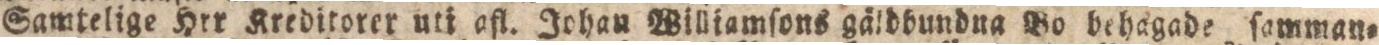
Samtelige Hrr Kreditorer uti afl. Johau Williamſons gäldbundna Bo behagade ſamman=